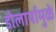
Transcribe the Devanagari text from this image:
डोलार्यामुळे